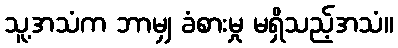
သူ့အသံက ဘာမျှ ခံစားမှု မရှိသည့်အသံ။